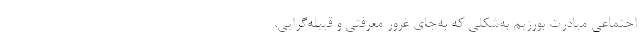
اجتماعی مبادرت بورزیم به‌شکلی که به‌جای غرور معرفتی و قبیله‌گرایی،